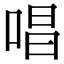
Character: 唱